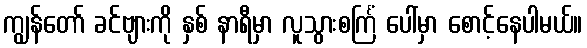
ကျွန်တော် ခင်ဗျားကို နှစ် နာရီမှာ လူသွားစင်္ကြံ ပေါ်မှာ စောင့်နေပါမယ်။